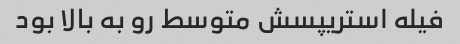
فیله استریپسش متوسط رو به بالا بود